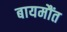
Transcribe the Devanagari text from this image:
बायमौंत